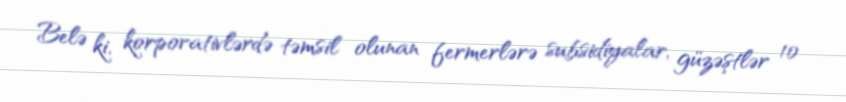
Belə ki, korporativlərdə təmsil olunan fermerlərə subsidiyalar, güzəştlər 10